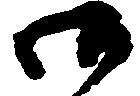
御